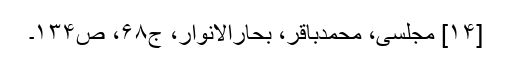
[۱۴] مجلسی، محمدباقر، بحارالانوار، ج۶۸، ص۱۳۴۔